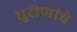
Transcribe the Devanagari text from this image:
धुरीणांचे